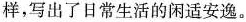
样，写出了日常生活的闲适安逸。